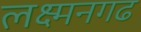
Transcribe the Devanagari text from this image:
लक्ष्मनगढ